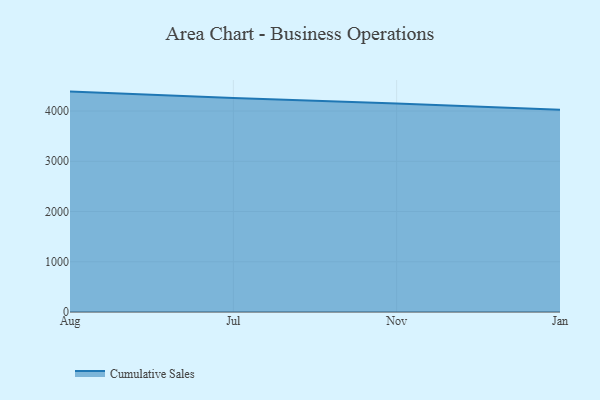
{"axis": {"x": "Month", "y": "Conversion Rate (%)"}, "legend": ["Cumulative Sales"], "data": [{"x": "Aug", "y": 4387.3, "type": "Cumulative Sales"}, {"x": "Jul", "y": 4259.3, "type": "Cumulative Sales"}, {"x": "Nov", "y": 4152.2, "type": "Cumulative Sales"}, {"x": "Jan", "y": 4027.3, "type": "Cumulative Sales"}]}